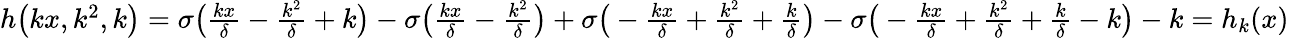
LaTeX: \begin{array}{r}{h\big(kx,k^{2},k\big)=\sigma\big(\frac{kx}{\delta}-\frac{k^{2}}{\delta}+k\big)-\sigma\big(\frac{kx}{\delta}-\frac{k^{2}}{\delta}\big)+\sigma\big(-\frac{kx}{\delta}+\frac{k^{2}}{\delta}+\frac{k}{\delta}\big)-\sigma\big(-\frac{kx}{\delta}+\frac{k^{2}}{\delta}+\frac{k}{\delta}-k\big)-k=h_{k}(x)}\end{array}